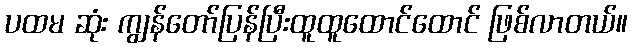
ပထမ ဆုံး ကျွန်တော်ပြန်ပြီးထူထူထောင်ထောင် ဖြစ်လာတယ်။